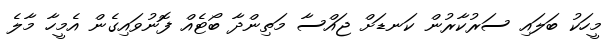
މީހަކު ބަލައި ސަރުކާރުން ކަނޑަށް ޖައްސާ މަތިންދާ ބޯޓެއް ފޮނުވައިގެން އެމީހާ މާލެ